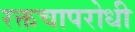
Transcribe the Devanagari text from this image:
रक्तचापरोधी